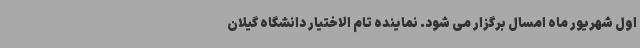
اول شهریور ماه امسال برگزار می شود. نماینده تام الاختیار دانشگاه گیلان